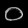
Digit: ၀